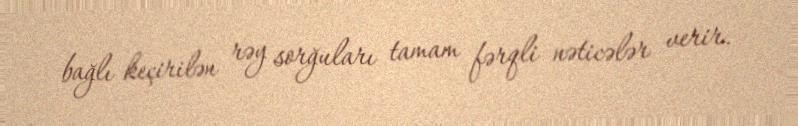
bağlı keçirilən rəy sorğuları tamam fərqli nəticələr verir.